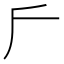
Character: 𠂋